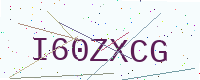
Text: I60ZXCG